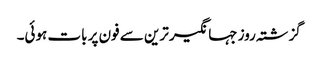
گزشتہ روز جہانگیر ترین سے فون پر بات ہوئی۔